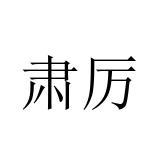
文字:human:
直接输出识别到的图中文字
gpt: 肃厉